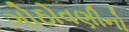
ગોઠોવણીનો